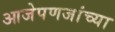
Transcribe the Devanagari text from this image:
आजेपणजांच्या